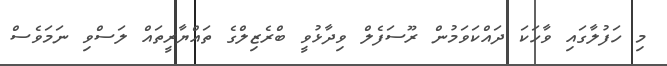
މި ހަފުލާގައި ވާހަކަ ދައްކަވަމުން ރޫސަފެލް ވިދާޅުވީ ބްރެޒިލްގެ ތައްޔާރީތައް ލަސްވި ނަމަވެސް